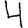
Digit: 4